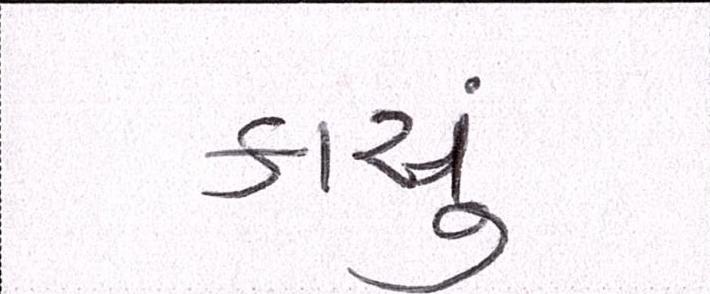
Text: કાચું